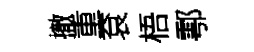
撤重袞梧鄠